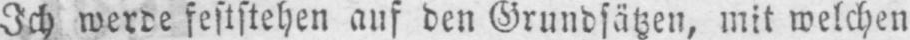
Ich werde feststehen auf den Grundsätzen, mit welchen